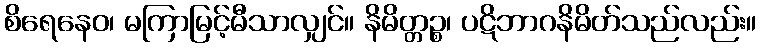
စိရေနေဝ၊ မကြာမြင့်မီသာလျှင်။ နိမိတ္တဉ္စ၊ ပဋိဘာဂနိမိတ်သည်လည်း။